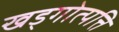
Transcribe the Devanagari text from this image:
खड्गोत्पत्ति